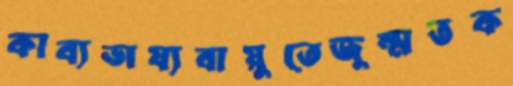
কাব্যভাষ্যবায়ুতেজুম্মতক